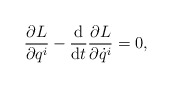
\begin{gather*} \frac{ \partial L }{ \partial q ^i } - \frac{\mathrm{d}}{\mathrm{d}t} \frac{ \partial L }{ \partial \dot{q} ^i } = 0 , \end{gather*}